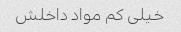
خیلی کم مواد داخلش